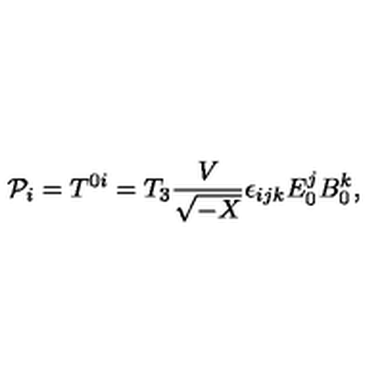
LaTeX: { \cal P } _ { i } = T ^ { 0 i } = T _ { 3 } \frac { V } { \sqrt { - X } } \epsilon _ { i j k } E _ { 0 } ^ { j } B _ { 0 } ^ { k } ,